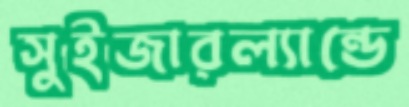
সুইজারল্যান্ডে